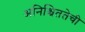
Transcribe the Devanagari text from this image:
अनिश्चिततेची